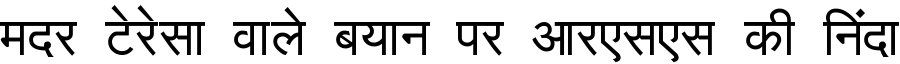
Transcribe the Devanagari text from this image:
मदर टेरेसा वाले बयान पर आरएसएस की निंदा